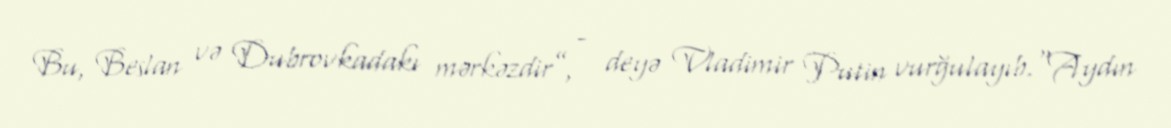
Bu, Beslan və Dubrovkadakı mərkəzdir”, - deyə Vladimir Putin vurğulayıb.“Aydın